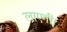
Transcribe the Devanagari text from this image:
लाएगी।